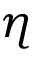
\eta